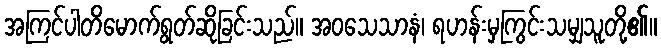
အကြင်ပါတိမောက်ရွတ်ဆိုခြင်းသည်။ အဝသေသာနံ၊ ရဟန်းမှကြွင်းသမျှသူတို့၏။